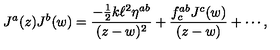
J ^ { a } ( z ) J ^ { b } ( w ) = \frac { - \frac { 1 } { 2 } k \ell ^ { 2 } \eta ^ { a b } } { ( z - w ) ^ { 2 } } + \frac { f _ { c } ^ { a b } J ^ { c } ( w ) } { ( z - w ) } + \cdots ,